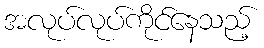
အလုပ်လုပ်ကိုင်နေသည့်